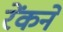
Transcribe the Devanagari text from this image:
रेंकने